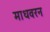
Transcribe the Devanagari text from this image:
माधवरन